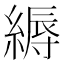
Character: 縟